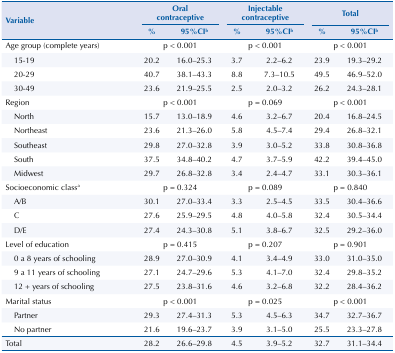
<table><thead><tr><td rowspan="3"><b>Variable</b></td><td colspan="2"><b>Oral contraceptive</b></td><td colspan="2"><b>Injectable contraceptive</b></td><td colspan="2"><b>Total</b></td></tr><tr><td><b>%</b></td><td><b>95%CI<sup>b</sup></b></td><td><b>%</b></td><td><b>95%CI<sup>b</sup></b></td><td><b>%</b></td><td><b>95%CI<sup>b</sup></b></td></tr></thead><tbody><tr><td>Age group (complete years)</td><td colspan="2">p &lt; 0.001</td><td colspan="2">p &lt; 0.001</td><td colspan="2">p &lt; 0.001</td></tr><tr><td>15-19</td><td>20.2</td><td>16.0–25.3</td><td>3.7</td><td>2.2–6.2</td><td>23.9</td><td>19.3–29.2</td></tr><tr><td>20-29</td><td>40.7</td><td>38.1–43.3</td><td>8.8</td><td>7.3–10.5</td><td>49.5</td><td>46.9–52.0</td></tr><tr><td>30-49</td><td>23.6</td><td>21.9–25.5</td><td>2.5</td><td>2.0–3.2</td><td>26.2</td><td>24.3–28.1</td></tr><tr><td>Region</td><td colspan="2">p &lt; 0.001</td><td colspan="2">p = 0.069</td><td colspan="2">p &lt; 0.001</td></tr><tr><td>North</td><td>15.7</td><td>13.0–18.9</td><td>4.6</td><td>3.2–6.7</td><td>20.4</td><td>16.8–24.5</td></tr><tr><td>Northeast</td><td>23.6</td><td>21.3–26.0</td><td>5.8</td><td>4.5–7.4</td><td>29.4</td><td>26.8–32.1</td></tr><tr><td>Southeast</td><td>29.8</td><td>27.0–32.8</td><td>3.9</td><td>3.0–5.2</td><td>33.8</td><td>30.8–36.8</td></tr><tr><td>South</td><td>37.5</td><td>34.8–40.2</td><td>4.7</td><td>3.7–5.9</td><td>42.2</td><td>39.4–45.0</td></tr><tr><td>Midwest</td><td>29.7</td><td>26.8–32.8</td><td>3.4</td><td>2.4–4.7</td><td>33.1</td><td>30.3–36.1</td></tr><tr><td>Socioeconomic class<sup>a</sup></td><td colspan="2">p = 0.324</td><td colspan="2">p = 0.089</td><td colspan="2">p = 0.840</td></tr><tr><td>A/B</td><td>30.1</td><td>27.0–33.4</td><td>3.3</td><td>2.5–4.5</td><td>33.5</td><td>30.4–36.6</td></tr><tr><td>C</td><td>27.6</td><td>25.9–29.5</td><td>4.8</td><td>4.0–5.8</td><td>32.4</td><td>30.5–34.4</td></tr><tr><td>D/E</td><td>27.4</td><td>24.3–30.8</td><td>5.1</td><td>3.8–6.7</td><td>32.5</td><td>29.2–36.0</td></tr><tr><td>Level of education</td><td colspan="2">p = 0.415</td><td colspan="2">p = 0.207</td><td colspan="2">p = 0.901</td></tr><tr><td>0 a 8 years of schooling</td><td>28.9</td><td>27.0–30.9</td><td>4.1</td><td>3.4–4.9</td><td>33.0</td><td>31.0–35.0</td></tr><tr><td>9 a 11 years of schooling</td><td>27.1</td><td>24.7–29.6</td><td>5.3</td><td>4.1–7.0</td><td>32.4</td><td>29.8–35.2</td></tr><tr><td>12 + years of schooling</td><td>27.5</td><td>23.8–31.6</td><td>4.6</td><td>3.2–6.8</td><td>32.2</td><td>28.4–36.2</td></tr><tr><td>Marital status</td><td colspan="2">p &lt; 0.001</td><td colspan="2">p = 0.025</td><td colspan="2">p &lt; 0.001</td></tr><tr><td>Partner</td><td>29.3</td><td>27.4–31.3</td><td>5.3</td><td>4.5–6.3</td><td>34.7</td><td>32.7–36.7</td></tr><tr><td>No partner</td><td>21.6</td><td>19.6–23.7</td><td>3.9</td><td>3.1–5.0</td><td>25.5</td><td>23.3–27.8</td></tr><tr><td>Total</td><td>28.2</td><td>26.6–29.8</td><td>4.5</td><td>3.9–5.2</td><td>32.7</td><td>31.1–34.4</td></tr></tbody></table>